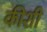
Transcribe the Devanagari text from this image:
कीशी